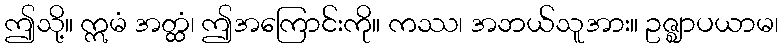
ဤသို့။ ဣမံ အတ္ထံ၊ ဤအကြောင်းကို။ ကဿ၊ အဘယ်သူအား။ ဥဇ္ဈာပယာမ၊